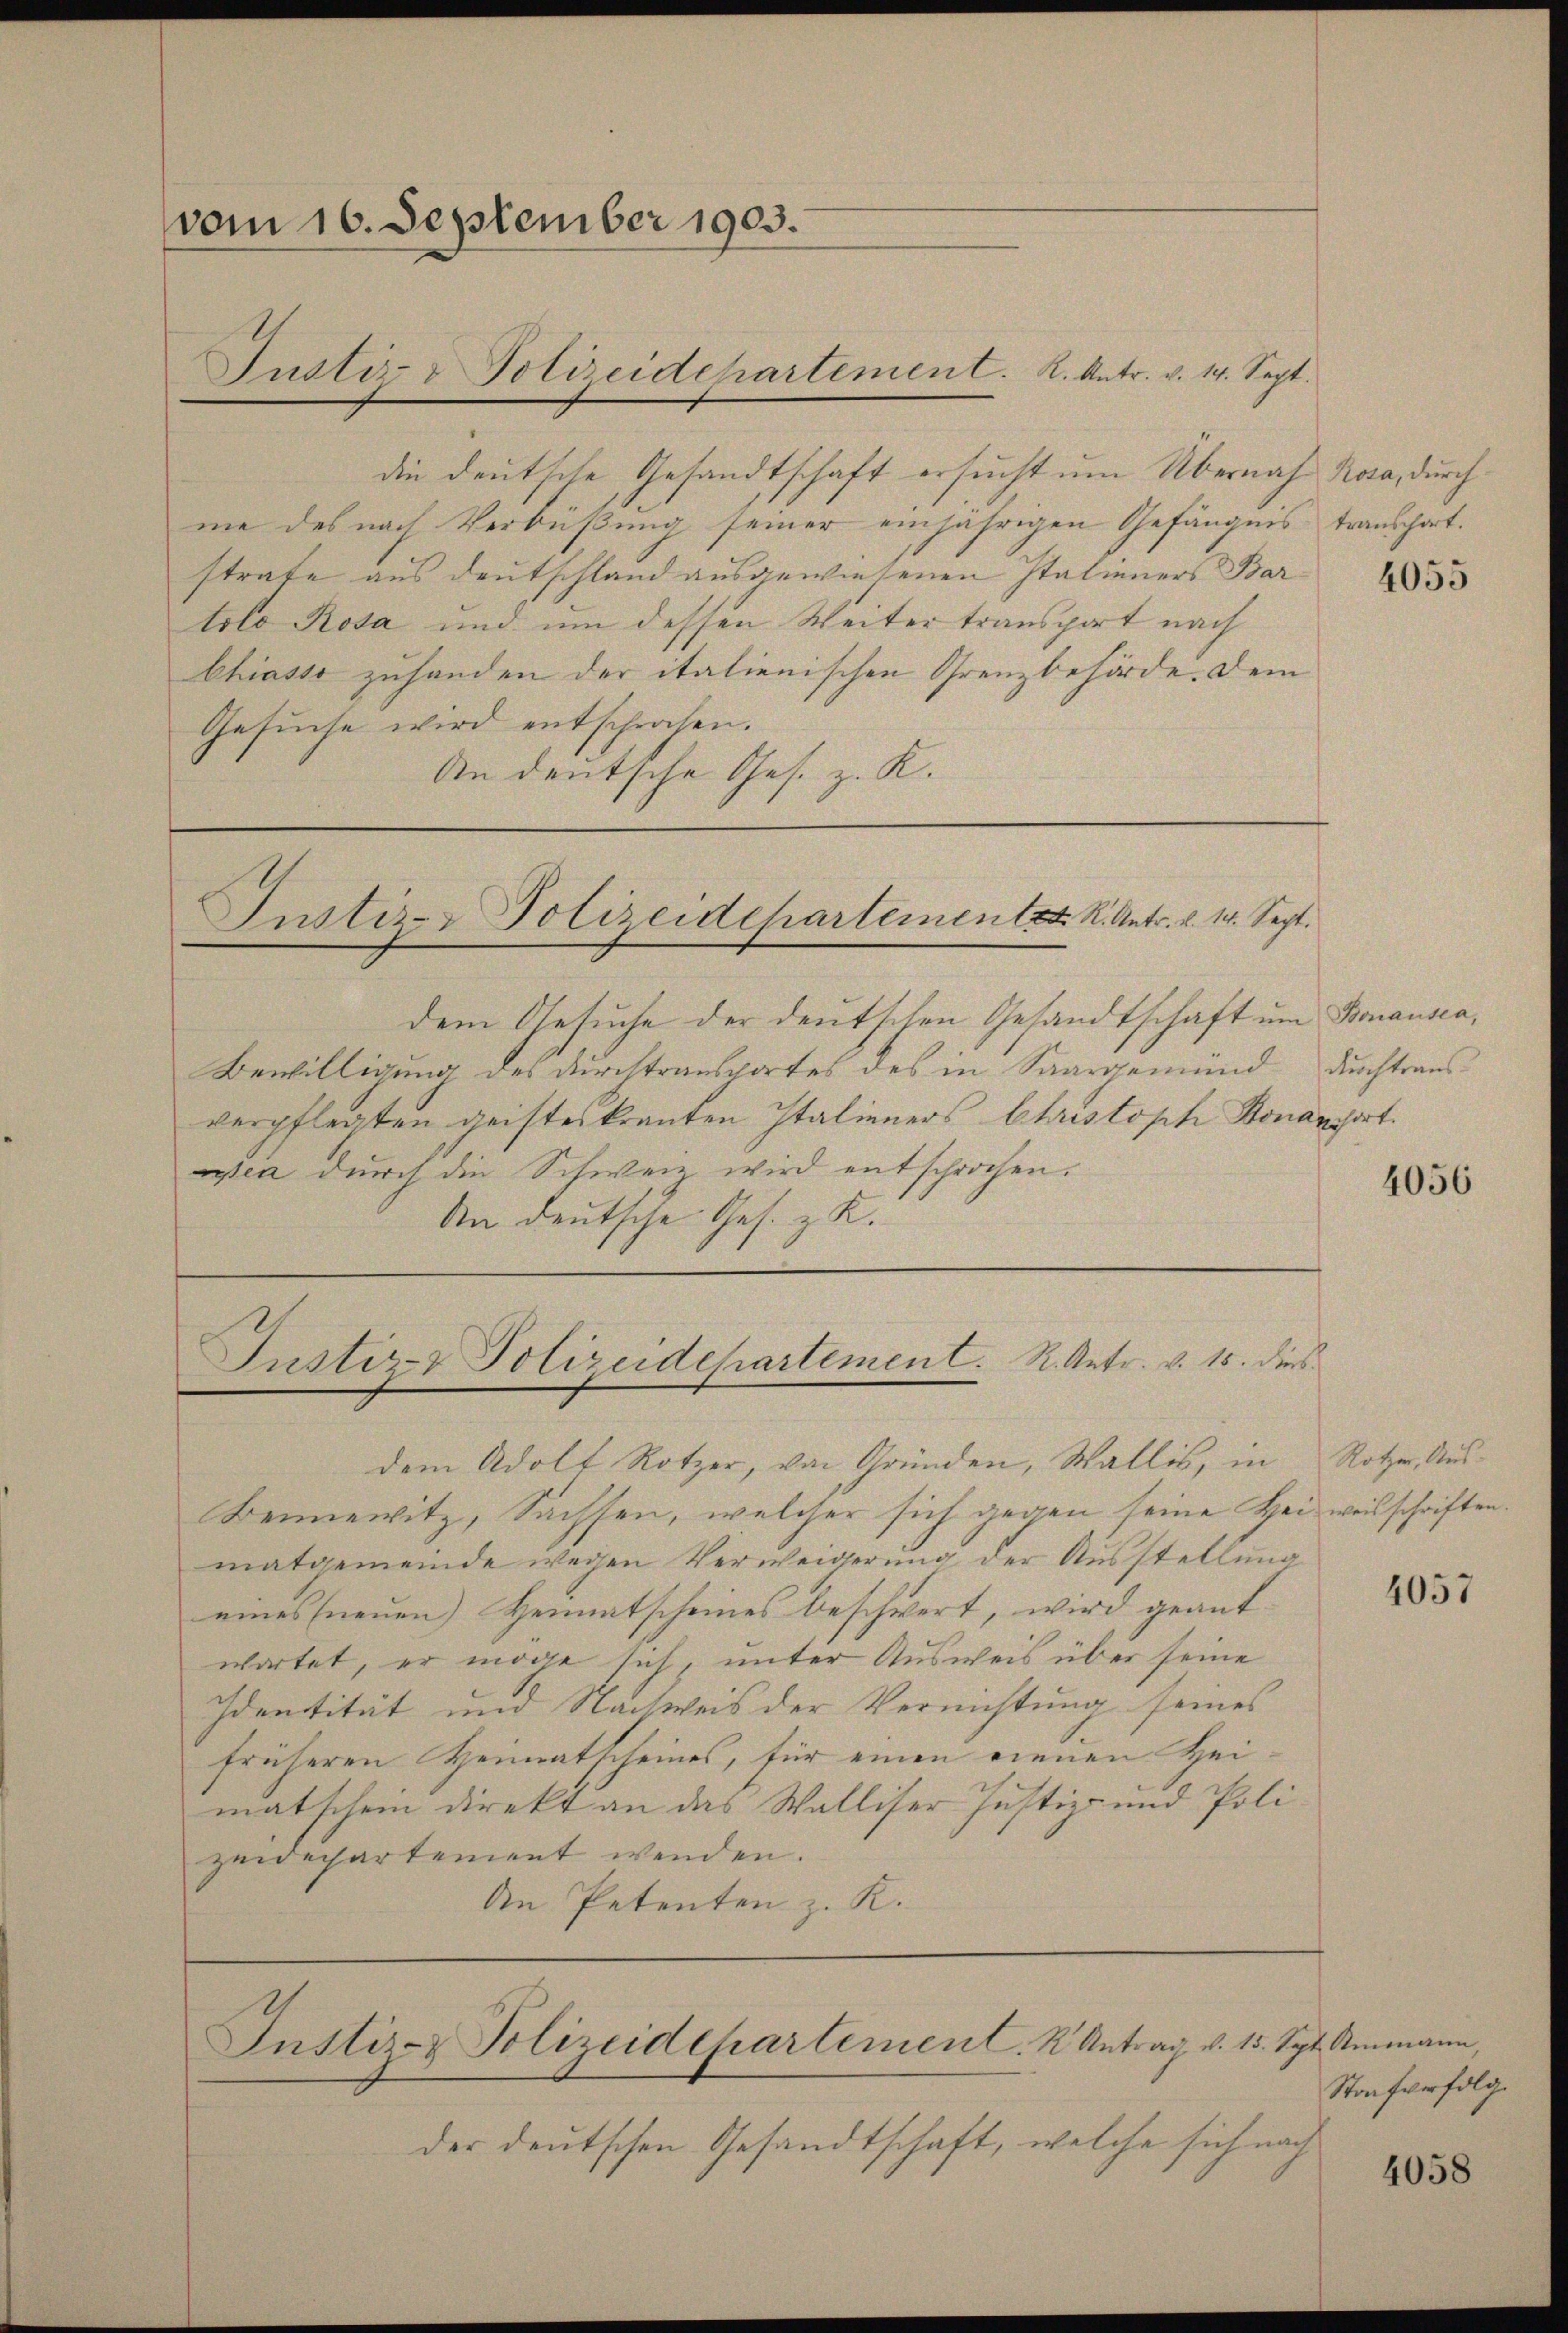
vom 16. September 1903.
Justiz- & Polizeidepartement. K. Antr. v. 14. Sept.

die deutsche Gesandtschaft ersucht um Übernahm Rosa, durch
me des nach Verbüßung seiner einjährigen Gefängnis transchart.
strafe aus deutschland ausgewiesenen Italieners Bartito Rosa und um dessen Weiter transport nach
Chiasse zuhanden der italienischen Grenzbehörde. Dem
Gesuche wird entschrochen.
An deutsche Ges. z. K.

der deutschen Gesandtschaft, welche sich nach

Justiz- & Polizeidepartementest. K. Antr. v. 14. Sept.

dem Gesuche der deutschen Gesandtschaft um Bonausca,
Bewilligung des durchtransportes des in Saargemand
verpflegten geisteskranten Italieners Christoph Bonansort.
wea durch die Schweiz wird entschrochen.
Ain deutsche Ges. z. K.

Justiz- & Polizeidchartement. R. Antr. v. 18. dies

dem Adolt Rötzer, von Gründen, Wallis, in
Benewitz, Sachsen, welcher sich gegen seine Heimatgemeinde wegen Verweigerung der Ausstellung
eines neuen Heimatscheines beschwert, wird geantwartet, er möge sich, unter Ausweis über seine
Identität und Nachweis der Vernichtung seines
früheren Heimatscheines, für einen neuen Heimatschein direkt an das Walliser Justiz- und Poli
zeidepartement werden.
An Petenten z. K.

Justiz- & Polizeidepartement. K. Antrag v. 15. Spt. Ammann,

Strafverfolg

4055

durchtraus.

4056

Rotzen, Ausi weisschriften.

4057

4058